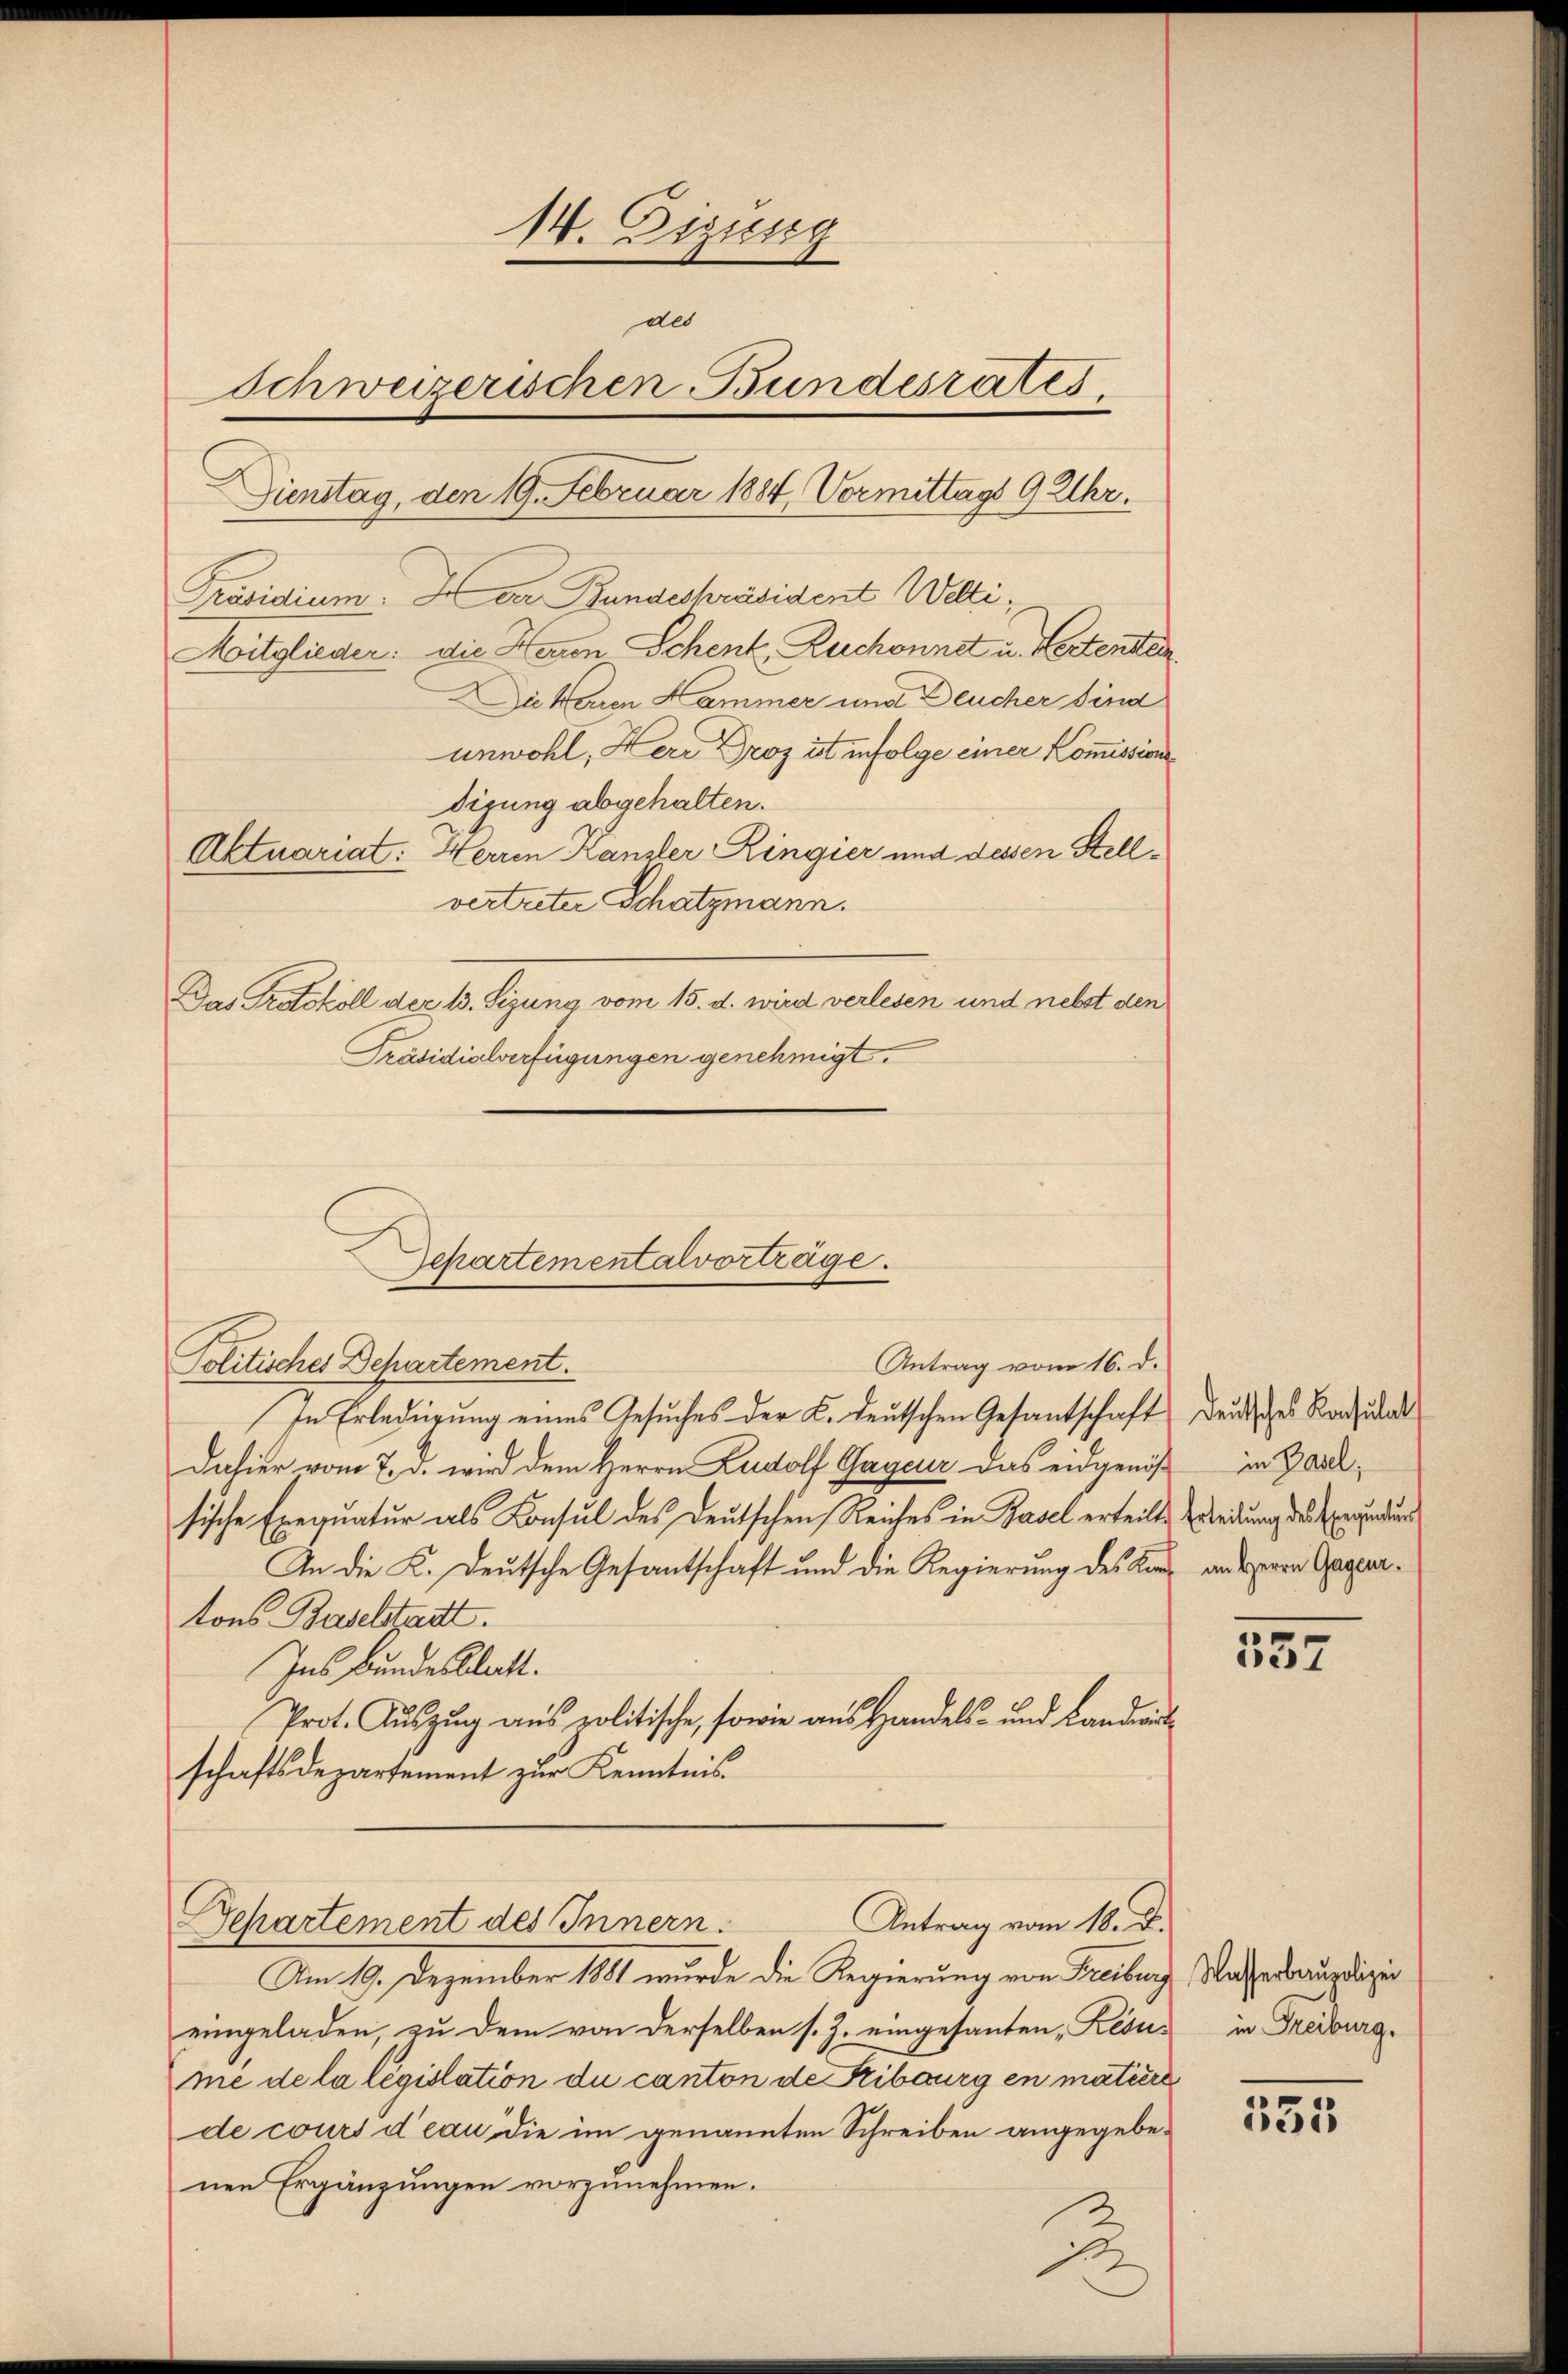
14. Digung
des
Schweizerischen Bundesrates.
Dienstag, den 19. Februar 1884 Vormittags 9 Uhr.
Präsidium. In der Bundespräsident Welti,
Moitglieder: die Herren Schenk, Ruchonnet u. Hertenten
Die Waren Hammer und Deucher sind
unwohl, Herr Droz ist infolge einer Kommissions
digung abgehalten.
Aktuariat: Herren Kanzler Ringier und dessen Stellvertreter Schatzmann.
Das Protokoll der 13. Sizung vom 15. d. wird verlesen und nebst den
Präsidialverfügungen genehmigt.

Gepartementalvorträge.

Politisches Departement.
In Erledigung eines Gesuches der K. deutschen Gesantschaft deutsches Raudat
dahier vom 7. d. wird dem Herrn Rudolf Gageur das eidgenöß in Zollsische Exequatur als Konsul des Deutschen Reiches in Basel erteilte Windung des Sendung
An die K. Deutsche Gesantschaft und die Regierung des Kan anderen Gaspartons Baselstadt.
Ins Bundesblatt.
Prot. Auszug aus politische, sowie aus Handels- und Landwert
schaftsdepartement zŭr Kenntnis

eingeladen, zu dem von derselben s. Z. eingesanten Lesus in Freiburg.
me de la legislation du canton de Kiburg en matière
de cours d’eau die im genannten Schreiben angegebenen Ergänzungen vorzunehmen.

Antrag vom 16. d.

Antrag vom 18. d.
Bepartement des Innern.
Am 9. Dezember 1881 wurde die Regierung von Freiburg, Mathederundigun

s

357

535